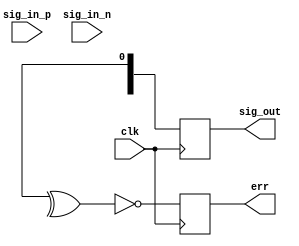
`timescale 1ns / 100ps
//////////////////////////////////////////////////////////////////////////////////
// Company: Southern Methodist University
// 
// Module Name: diff_out
// Project Name: GBS20
// Description: input differential; output single-ended
// for PRBS7
// Dependencies: 
// 
// Revision:
// Revision 0.01 - File Created

// 
//////////////////////////////////////////////////////////////////////////////////
module diff_in   #(parameter WORDWIDTH = 32) (
    input       [WORDWIDTH - 1:0]           sig_in_p,
    input       [WORDWIDTH - 1:0]           sig_in_n,
    input                   clk,
    output		[WORDWIDTH - 1:0]			sig_out,  
    output					err    //error when 1, no err when 0
);
reg [WORDWIDTH - 1:0] in_p;
reg [WORDWIDTH - 1:0] in_n;
reg [WORDWIDTH - 1:0] out_p;
reg sig_err;


    always @ (posedge clk) 
    begin        
       out_p <= in_p;
       sig_err <= ~(in_p ^ in_n);     
    end

assign sig_out = out_p ;
assign err = sig_err;

endmodule